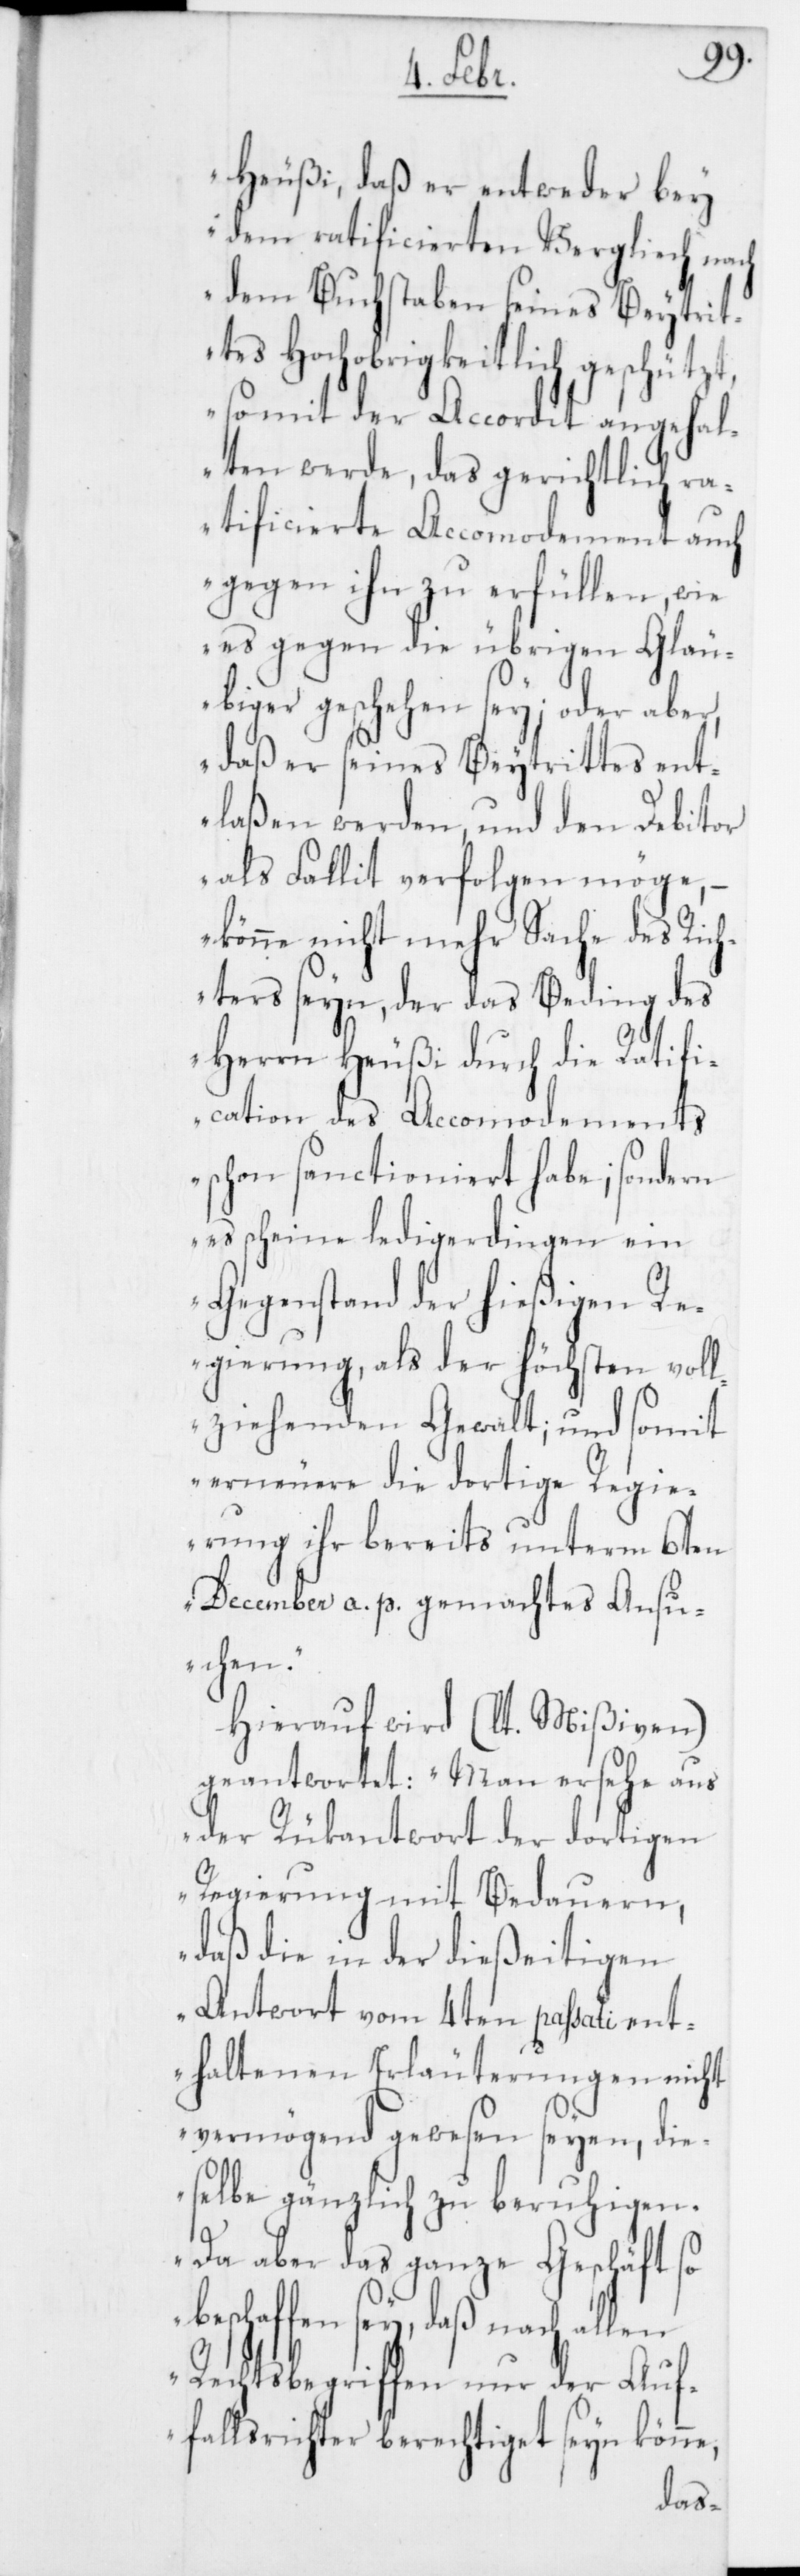
Heußi, daß er entweder
dem ratificierten Vergleich nach
dem Buchstaben seines Beytrit¬
tes Hochobrigkeitlich
somit der Accordit angehal¬
ten werde, das gerichtlich ra¬
tificierte Accomodement auch
gegen ihn zu erfüllen, wie
es gegen die übrigen Gläu¬
biger geschehen sey; oder aber,
daß er seines Beytrittes ent¬
laßen werden, und den Debitor
als Fallit verfolgen möge,
könne nicht mehr Sache des Rich¬
ters seyn, der das Beding des
Herrn Heußi durch die Ratifi¬
cation des Accomodements
schon sanctioniert habe; sondern
es scheine ledigerdingen ein
Gegenstand der hießigen R¬
egierung, als der höchsten vol¬
lziehenden Gewalt; und somit
erneuere die dortige Regie¬
rung ihr bereits unterm 6ten
December a. p. gemachtes Ansu¬
uern,
Hierauf wird (lt. Mißiven)
geantwortet: „Man ersehe aus
der Rükantwort der dortigen
Regierung mit Beda¬
daß die in der dießeitigen
Antwort vom 4ten passati ent¬
haltenen Erläuterungen nicht
vermögend gewesen seyen, die¬
selbe gänzlich zu beruhigen.
Da aber das ganze Geschäft so
beschaffen sey, daß nach allen
Rechtsbegriffen nur der Auf¬
fallsrichter berechtiget seyn könne,